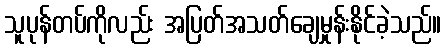
သူပုန်တပ်ကိုလည်း အပြတ်အသတ်ချေမှုန်းနိုင်ခဲ့သည်။